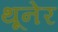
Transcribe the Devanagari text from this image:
थूनेर